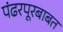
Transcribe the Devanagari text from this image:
पंढरपूरबाबत